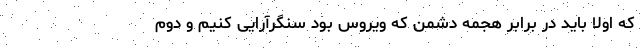
که اولا باید در برابر هجمه دشمن که ویروس بود سنگرآرایی کنیم و دوم